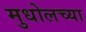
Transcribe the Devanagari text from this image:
मुधोलच्या